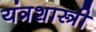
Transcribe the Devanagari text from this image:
यंत्रशास्त्री